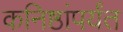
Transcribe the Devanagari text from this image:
कनिष्ठांपर्यंत